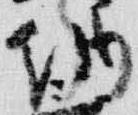
納